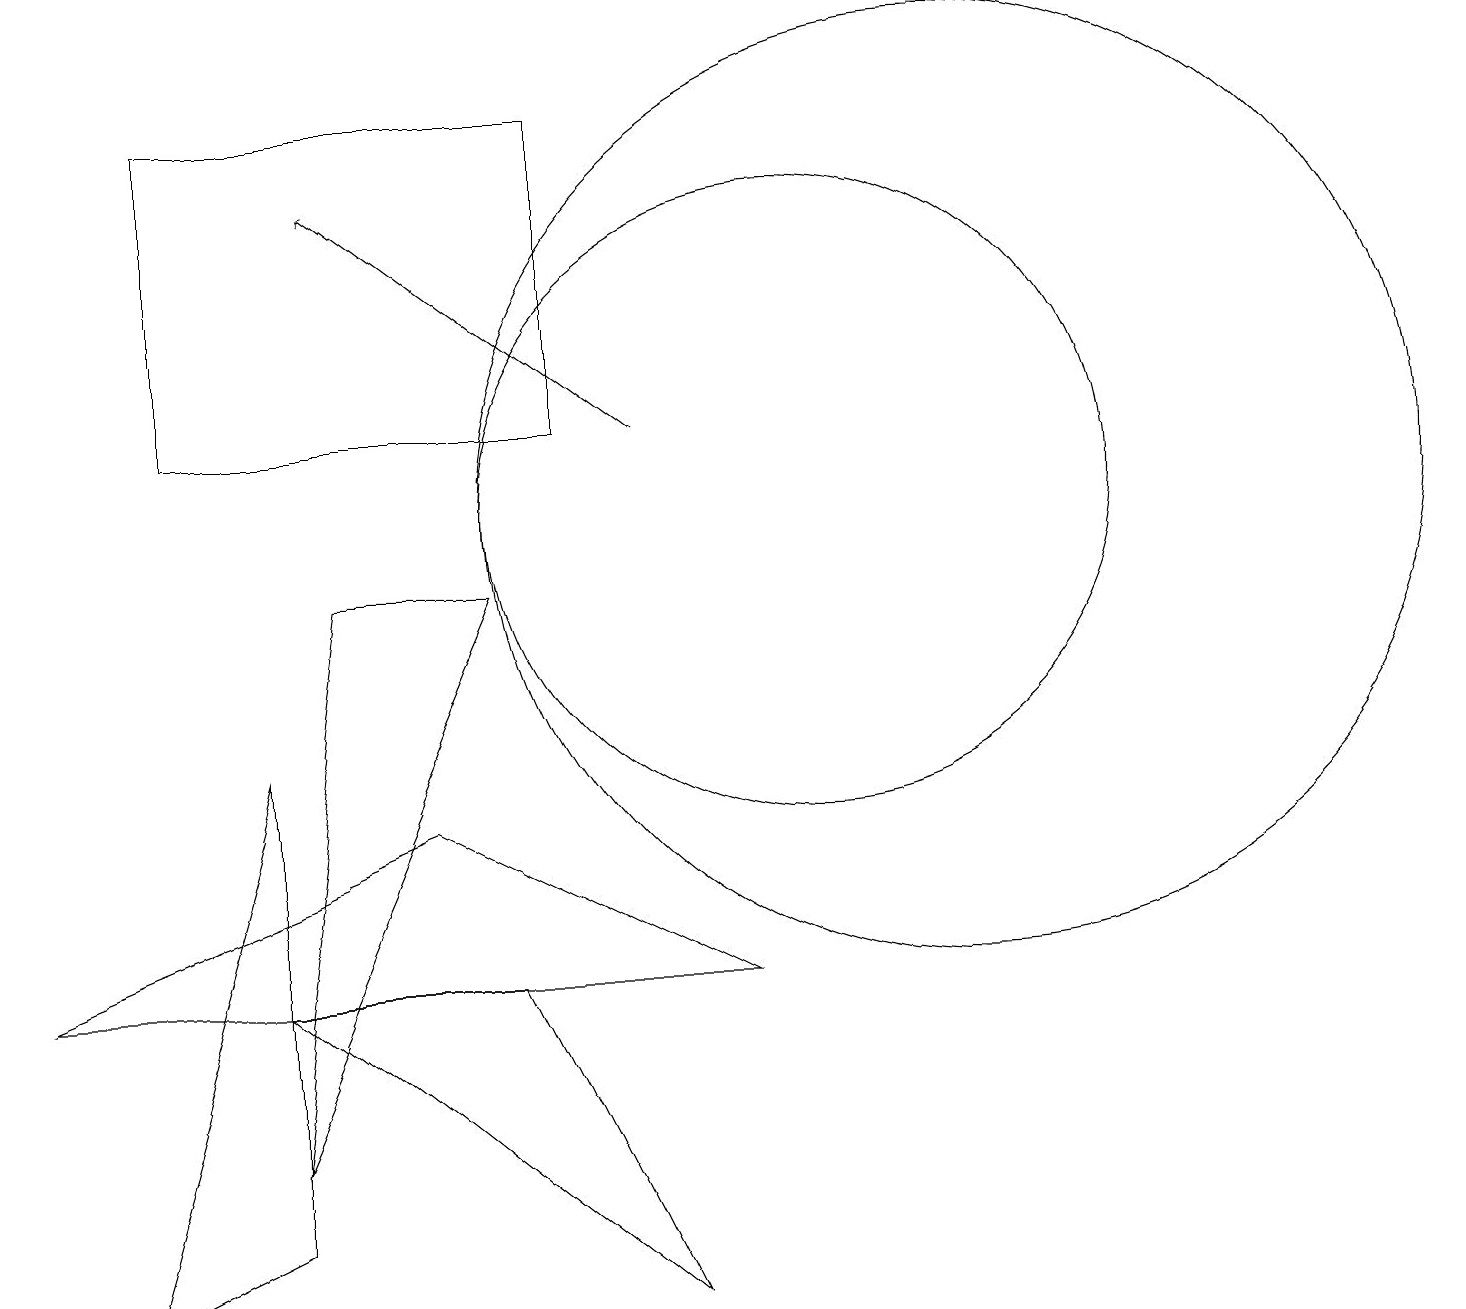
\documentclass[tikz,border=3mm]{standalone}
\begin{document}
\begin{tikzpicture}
\draw (12,10) circle (6);
\draw (4,9) -- (3,2) -- (6,9) -- cycle;
\draw (5,6) -- (9,4) -- (0,4) -- cycle;
\draw[->] (8,11) -- (4,14);
\draw (7,11) rectangle (2,15);
\draw (10,10) circle (4);
\draw (8,0) -- (3,4) -- (6,4) -- cycle;
\draw (3,7) -- (3,1) -- (1,0) -- cycle;
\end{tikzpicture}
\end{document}